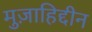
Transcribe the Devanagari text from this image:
मुज़ाहिद्दीन